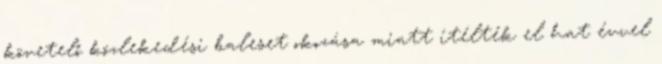
követelő közlekedési baleset okozása miatt ítélték el hat évvel